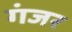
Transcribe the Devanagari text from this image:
गंजर